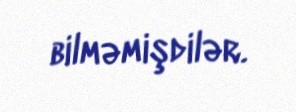
bilməmişdilər.